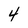
Character: 4